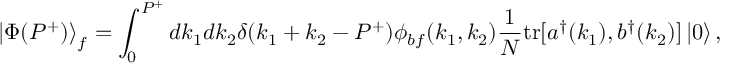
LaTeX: \left\vert \Phi ( P ^ { + } ) \right\rangle _ { f } = \int _ { 0 } ^ { P ^ { + } } d k _ { 1 } d k _ { 2 } \delta ( k _ { 1 } + k _ { 2 } - P ^ { + } ) \phi _ { b f } ( k _ { 1 } , k _ { 2 } ) { \frac { 1 } { N } } \mathrm { t r } [ a ^ { \dagger } ( k _ { 1 } ) , b ^ { \dagger } ( k _ { 2 } ) ] \left\vert 0 \right\rangle ,